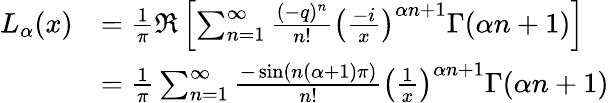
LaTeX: {\begin{array}{rl}{L_{\alpha}(x)}&{={\frac{1}{\pi}}\Re\left[\sum_{n=1}^{\infty}{\frac{(-q)^{n}}{n!}}\left({\frac{-i}{x}}\right)^{\alpha n+1}\Gamma(\alpha n+1)\right]}\\ &{={\frac{1}{\pi}}\sum_{n=1}^{\infty}{\frac{-\sin(n(\alpha+1)\pi)}{n!}}\left({\frac{1}{x}}\right)^{\alpha n+1}\Gamma(\alpha n+1)}\end{array}}